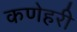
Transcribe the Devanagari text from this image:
कणेहरी